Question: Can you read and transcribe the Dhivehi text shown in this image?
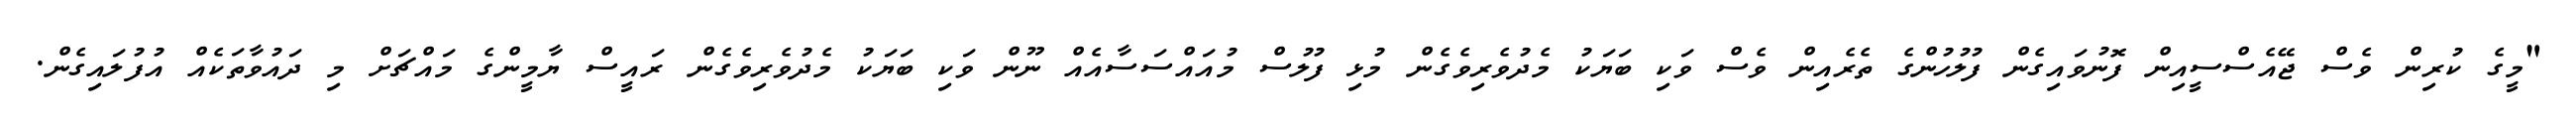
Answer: "މީގެ ކުރިން ވެސް ޖޭއެސްސީއިން ފޮނުވައިގެން ފުލުހުންގެ ތެރެއިން ވެސް ވަކި ބަޔަކު މެދުވެރިވެގެން މުޅި ފުލުސް މުއައްސަސާއެއް ނޫން ވަކި ބަޔަކު މެދުވެރިވެގެން ރައީސް ޔާމީންގެ މައްޗަށް މި ދައުވާތަކެއް އުފުލައިގެން.